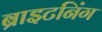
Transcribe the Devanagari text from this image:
ब्राइटनिंग